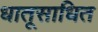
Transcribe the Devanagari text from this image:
धातूसाधित